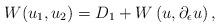
LaTeX: \begin{align*}W(u_1,u_2)= D_1 + W\left(u,\partial_\epsilon u\right), \end{align*}